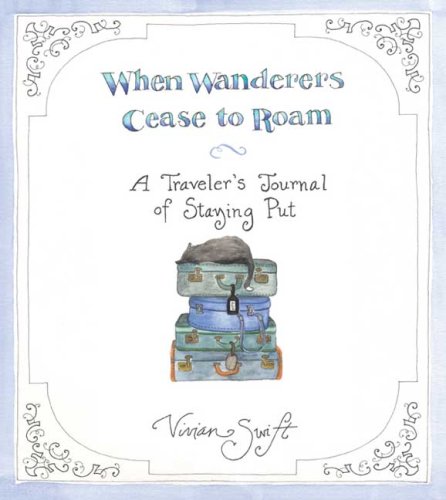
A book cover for When Wanderers Cease to Roam: A Traveler's Journal of Staying Put; Vivian Swift; Travel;